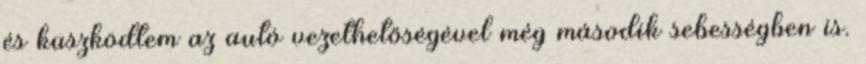
és küszködtem az autó vezethetőségével még második sebességben is.